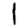
Digit: 1